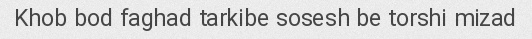
Khob bod faghad tarkibe sosesh be torshi mizad